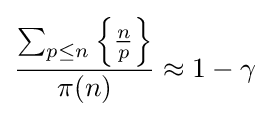
{\frac {\sum _{p\leq n}\left\{{\frac {n}{p}}\right\}}{\pi (n)}}\approx 1-\gamma